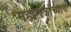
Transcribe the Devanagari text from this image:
महाराजांच्याच